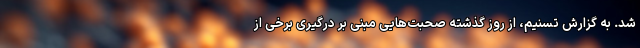
شد. به گزارش تسنیم، از روز گذشته صحبت‌هایی مبنی بر درگیری برخی از